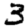
Digit: 3